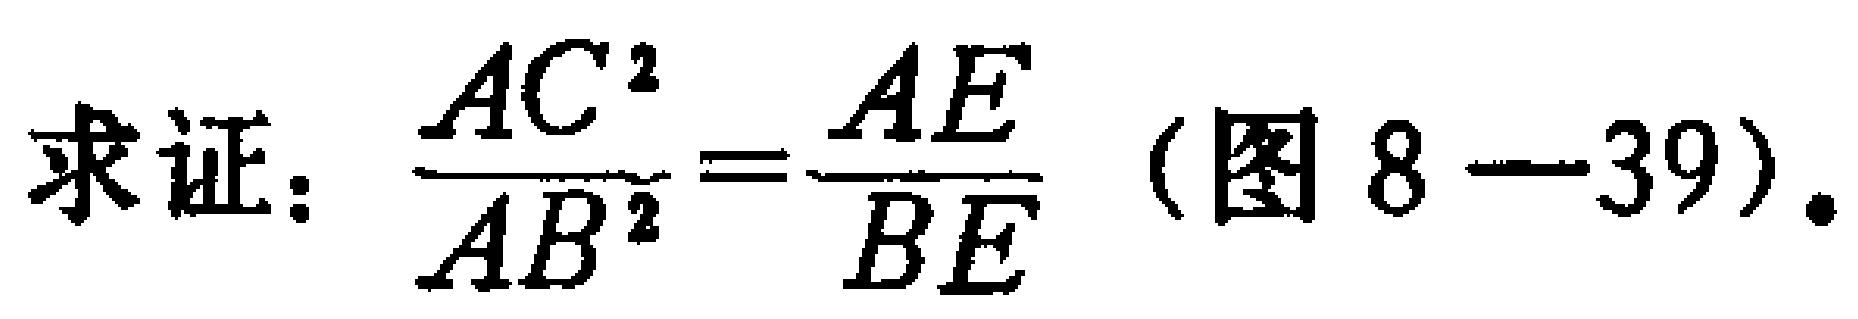
求证：$\frac{AC^{2}}{AB^{2}}=\frac{AE}{BE}$（图8—39）.